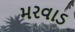
મરવાડ